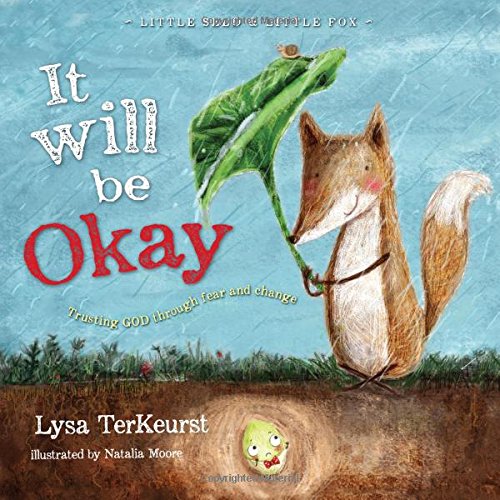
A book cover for It Will be Okay: Trusting God Through Fear and Change (Little Seed & Little Fox); Lysa TerKeurst; Christian Books & Bibles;